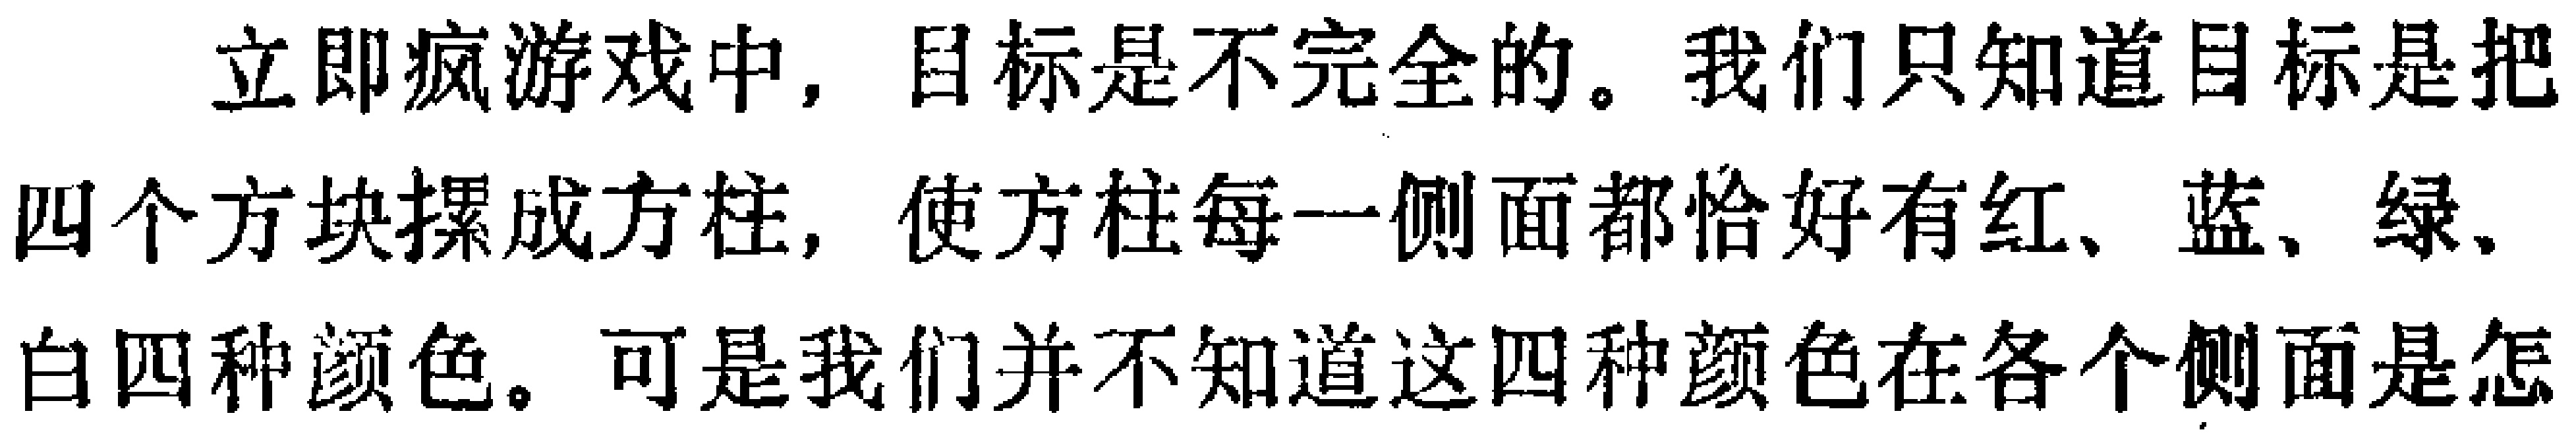
立即疯游戏中, 目标是不完全的。我们只知道目标是把四个方块摞成方柱, 使方柱每一侧面都恰好有红、蓝、绿、白四种颜色。可是我们并不知道这四种颜色在各个侧面是怎